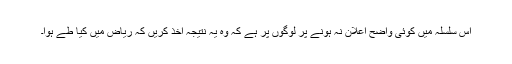
اس سلسلہ میں کوئی واضح اعلان نہ ہونے پر لوگوں پر ہے کہ وہ یہ نتیجہ اخذ کریں کہ ریاض میں کیا طے ہوا۔